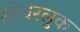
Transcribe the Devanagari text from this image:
ओवरलुक